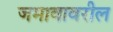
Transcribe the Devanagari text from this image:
जमावावरील